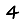
Digit: 4